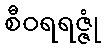
စီဝရရဇ္ဇုံ